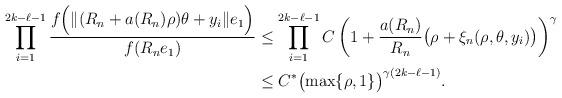
LaTeX: \begin{align*}\prod_{i=1}^{2k-\ell-1} \frac{f\Bigl( \|(R_{n}+a(R_{n})\rho)\theta + y_i\|e_1 \Bigr)}{f(R_{n}e_1)} &\leq \prod_{i=1}^{2k-\ell-1} C \left( 1 + \frac{a(R_{n})}{R_{n}} \bigl( \rho + \xi_n(\rho,\theta,y_i) \bigr) \right)^{\gamma} \\&\leq C^* \bigl( \max \{ \rho,1 \} \bigr)^{\gamma (2k-\ell-1)}.\end{align*}